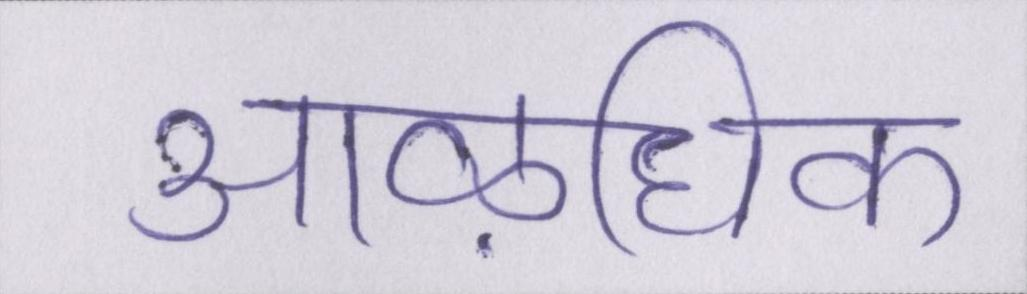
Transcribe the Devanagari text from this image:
आऴधिक